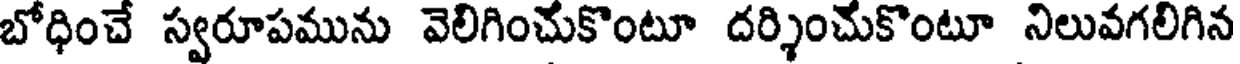
బోధించే స్వరూపమును వెలిగించుకొంటూ దర్శించుకొంటూ నిలువగలిగిన